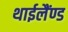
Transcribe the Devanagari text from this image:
थाईलैंण्ड